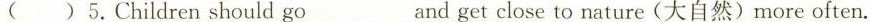
( ) 5.Children should go ___and get close to nature (大自然)more often.